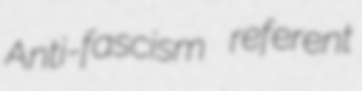
Anti-fascism referent